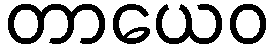
တာယေဝ